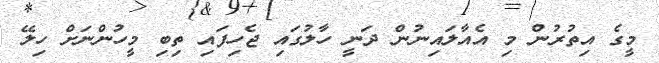
މީގެ އިތުރުން މި އެއާލައިނުން ދަނީ ހާލުގައި ޖެހިފައި ތިބި މީހުންނަށް ހިލޭ